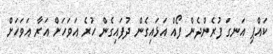
ކައްޕި އަނގަ ފުރެންދެން ފޯއް އަޅައިގެން ދުފައިގެން ހުރެ އަވަހަށް އަރާ އަވަހަށް